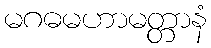
မဂဓမဟာမတ္တာနံ